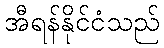
အီရန်နိုင်ငံသည်